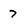
Character: 7